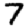
Digit: 7